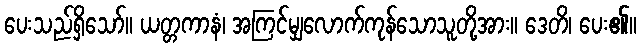
ပေးသည်ရှိသော်။ ယတ္တကာနံ၊ အကြင်မျှလောက်ကုန်သောသူတို့အား။ ဒေတိ၊ ပေး၏။